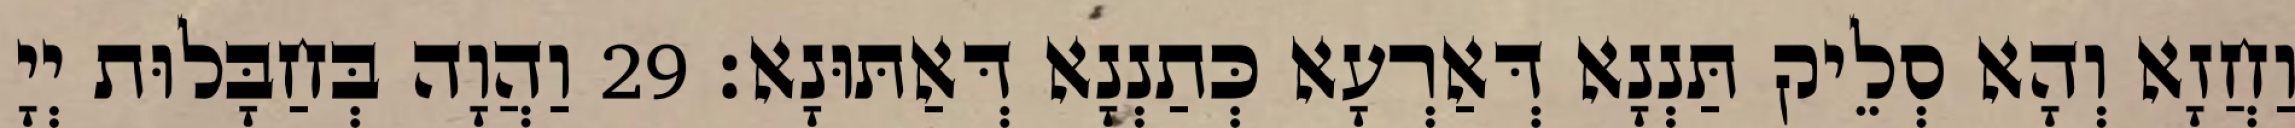
וַחֲזָא וְהָא סְלֵיק תַּנְנָא דְּאַרְעָא כְּתַנְנָא דְּאַתּוּנָא׃ 29 וַהֲוָה בְּחַבָּלוּת יְיָ